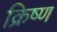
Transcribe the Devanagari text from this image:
क्रिष्ण